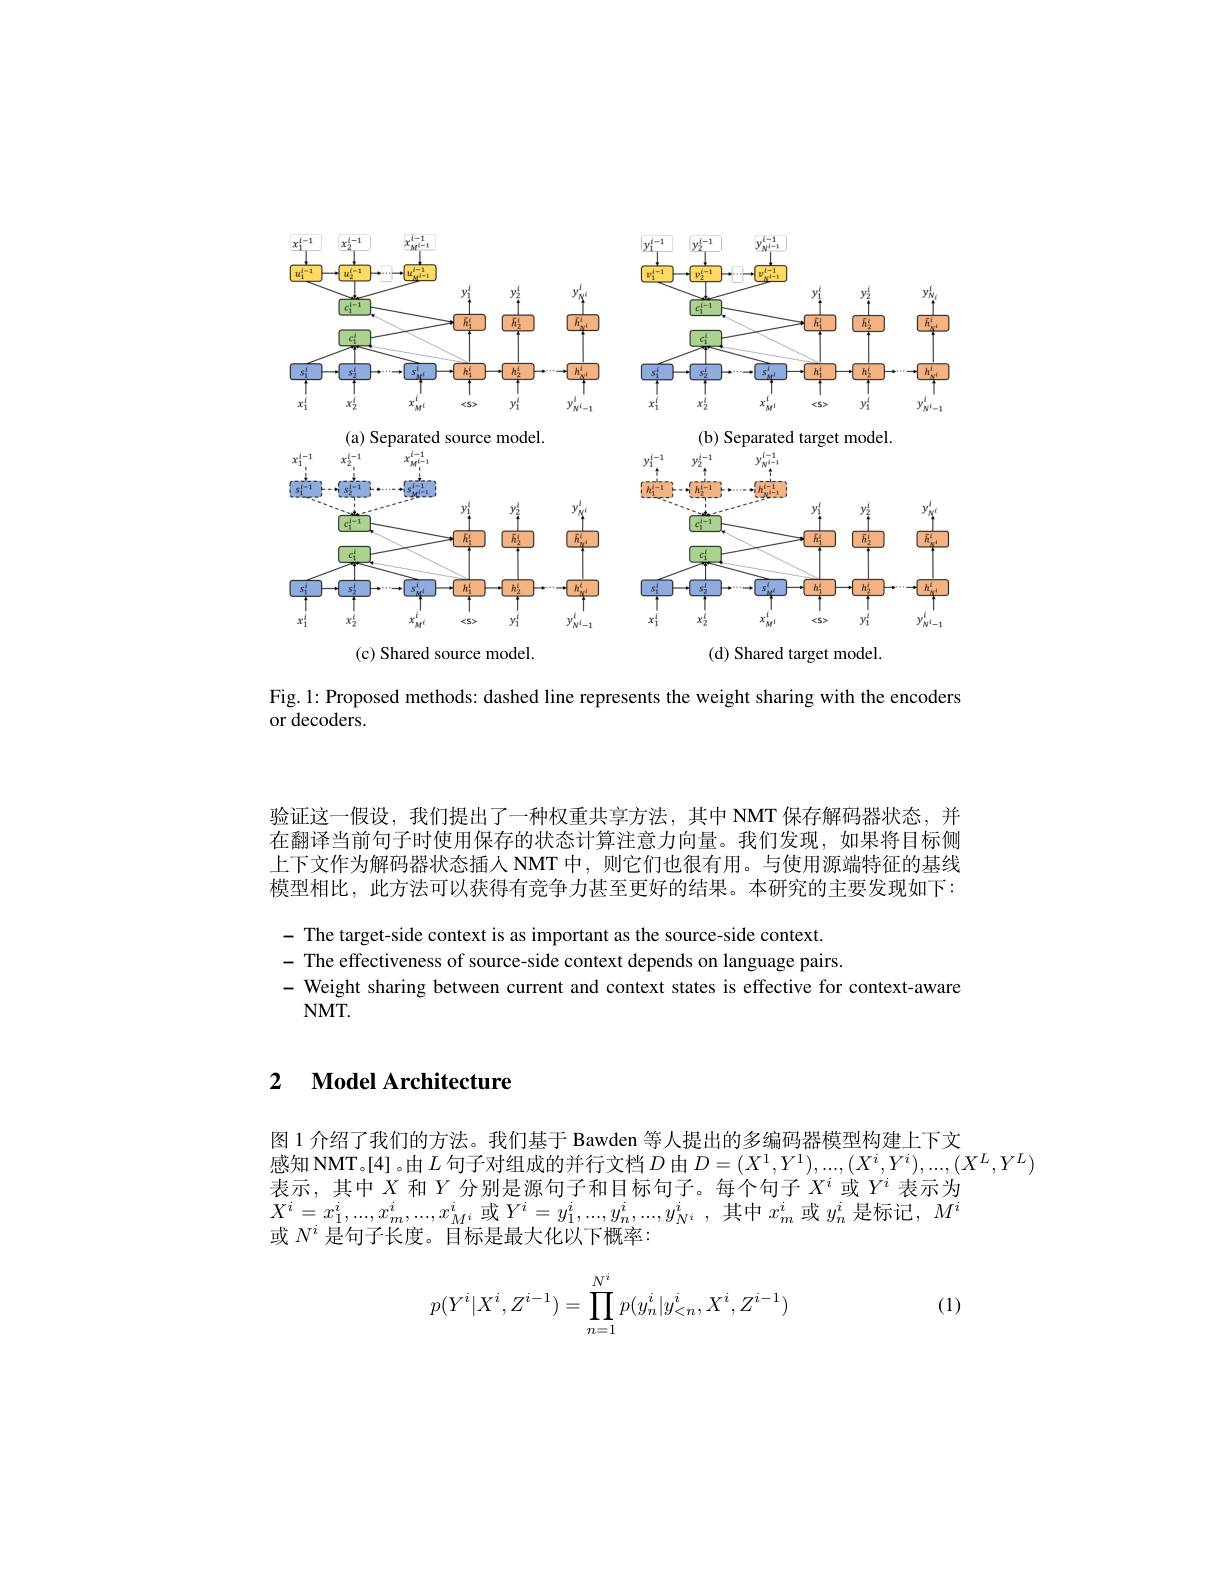
<FigureHere>

(c) Shared source model.
(d) Shared target model.

Fig. 1: Proposed methods: dashed line represents the weight sharing with the encoders
or decoders.

验证这一假设，我们提出了一种权重共享方法，其中 NMT 保存解码器状态，并在翻译当前句子时使用保存的状态计算注意力向量。我们发现，如果将目标侧上下文作为解码器状态插人 NMT 中，则它们也很有用。与使用源端特征的基线模型相比，此方法可以获得有竞争力甚至更好的结果。本研究的主要发现如下：

- The target-side context is as important as the source-side context
- The effectiveness of source-side context depends on language pairs.
- Weight sharing between current and context states is effective for context-aware
$NMT.$

## 2 $\textbf{Model Architecture}$

图 1 介绍了我们的方法。我们基于 Bawden 等人提出的多编码器模型构建上下文
感知 NMT。[4] 。由$L$句子对组成的并行文档$D$由$D=(X^1,Y^1),...,(X^i,Y^i),...,(X^L,Y^L)$
表示，其中$X$和$Y$分别是源句子和目标句子。每个句子$X^i$或$Y^i$表示为$X^i=x_1^i,...,x_m^i,...,x_{M^i}^i$或$Y^i=y_1^i,...,y_n^i,...,y_{N^i}^i$,其中$x_m^i$或$y_n^i$是标记$,M^i$ 或$N^i$是句子长度。目标是最大化以下概率：
$$p(Y^i|X^i,Z^{i-1})=\prod_{n=1}^{N^i}p(y_n^i|y_{<n}^i,X^i,Z^{i-1})$$
(1)